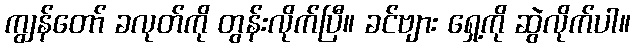
ကျွန်တော် ခလုတ်ကို တွန်းလိုက်ပြီ။ ခင်ဗျား ရှေ့ကို ဆွဲလိုက်ပါ။